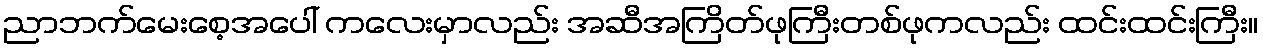
ညာဘက်မေးစေ့အပေါ် ကလေးမှာလည်း အဆီအကြိတ်ဖုကြီးတစ်ဖုကလည်း ထင်းထင်းကြီး။